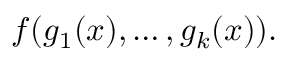
f ( g _ { 1 } ( x ) , \dots , g _ { k } ( x ) ) .